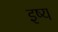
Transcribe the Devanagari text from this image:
इष्य